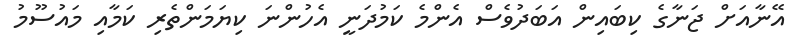
އޭނާއަށް ޖަނާގެ ކިބައިން އަބަދުވެސް އެންމެ ކަމުދަނީ އެހުންނަ ކިޔަމަންތެރި ކަމާއި މައުސޫމު